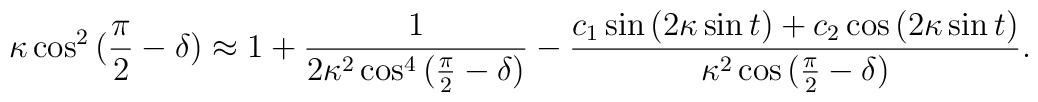
\kappa \cos^{2}{(\frac{\pi}{2}-\delta)}\approx 1+\frac{1}{2\kappa^{2}\cos^{4}{(\frac{\pi}{2}-\delta)}} - \frac{c_{1}\sin{(2\kappa\sin{t})}+c_{2}\cos{(2\kappa\sin{t})}}{\kappa^{2}\cos{(\frac{\pi}{2}-\delta)}}.